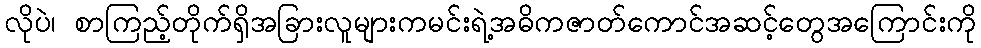
လိုပဲ၊ စာကြည့်တိုက်ရှိအခြားလူများကမင်းရဲ့အဓိကဇာတ်ကောင်အဆင့်တွေအကြောင်းကို